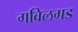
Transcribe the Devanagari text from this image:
गविलगड